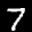
Label: 7